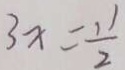
3 x = \frac { 1 1 } { 2 }